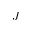
J _ { \parallel }